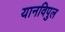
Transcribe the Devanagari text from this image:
यानविपुल